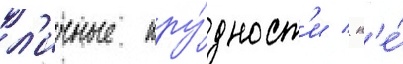
л'ичные тру́дност'и / н'е́